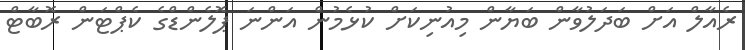
ރެއާލް އަށް ބަދަލުވާން ބަޔާން މިއުނިކަށް ކުޅެމުން އަންނަ ޕޮލެންޑްގެ ކެޕްޓަން ރޮބާޓް